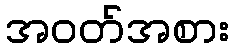
အဝတ်အစား